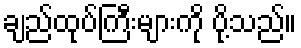
ချည်ထုပ်ကြီးများကို ပို့သည်။